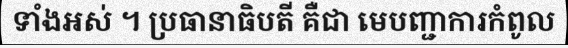
ទាំងអស់ ។ ប្រធានាធិបតី គឺជា មេបញ្ជាការកំពូល